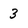
Character: 3